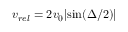
v _ { r e l } = 2 v _ { 0 } | \mathrm { s i n } ( \Delta / 2 ) |